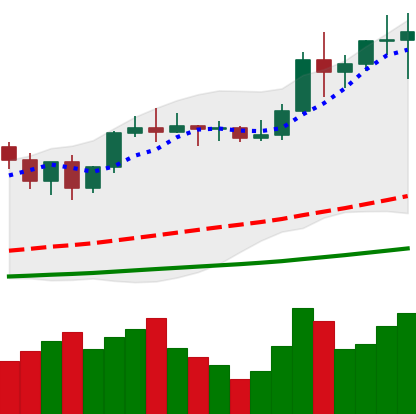
Ticker: LTC-USD
Chart end date: 2021-01-08
Forward return: -14.923%
Label: down_7plus